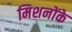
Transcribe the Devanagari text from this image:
मिशनोंके